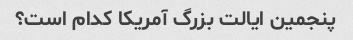
پنجمین ایالت بزرگ آمریکا کدام است؟